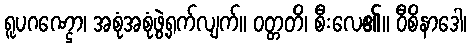
ရူပဂဏ္ဌော၊ အစုံအစုံဖွဲ့ရှက်လျက်။ ဝတ္တတိ၊ စီးလေ၏။ ဝီစိနာဒေါ၊